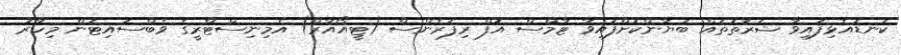
ކަނޑައެޅިފައިވާ ޝަރުތުތައް ބަޔާންކޮށްފައިވާ ޓާމްސް އޮފް ރިފަރެންސް (ޓީއޯއާރް) އެމިނިސްޓްރީގެ ވެބްސައިޓުން މިހާރު